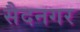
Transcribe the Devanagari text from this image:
सैदनगर